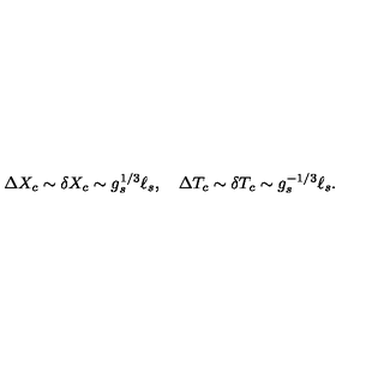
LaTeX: \Delta X _ { c } \sim \delta X _ { c } \sim g _ { s } ^ { 1 / 3 } \ell _ { s } , \quad \Delta T _ { c } \sim \delta T _ { c } \sim g _ { s } ^ { - 1 / 3 } \ell _ { s } .